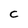
Character: C